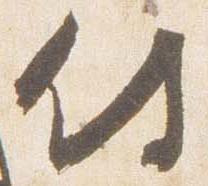
侍